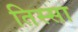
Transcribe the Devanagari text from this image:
तिस्सा